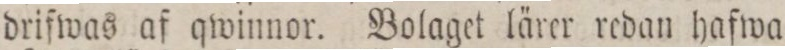
drifwas af qwinnor. Bolaget lärer redan hafwa